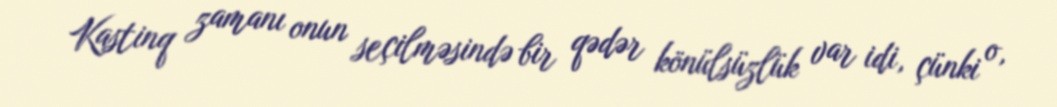
Kastinq zamanı onun seçilməsində bir qədər könülsüzlük var idi, çünki o,